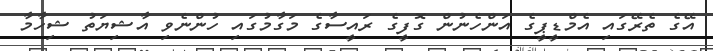
އޭގެ ތެރޭގައި އެމްޑީޕީގެ އަންހެނުން ގޮފީގެ ރައީސާގެ މަގާމުގައި ހުންނެވި އާޝިޔަތު ޝިހާމާ